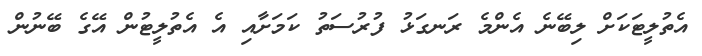
އެތުލީޓަކަށް ލިބޭނެ އެންމެ ރަނގަޅު ފުރުސަތު ކަމަށާއި އެ އެތުލީޓުން އޭގެ ބޭނުން